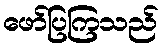
ဖော်ပြကြသည်